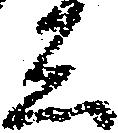
し